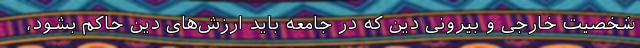
شخصیت خارجی و بیرونی دین که در جامعه باید ارزش‌های دین حاکم بشود،